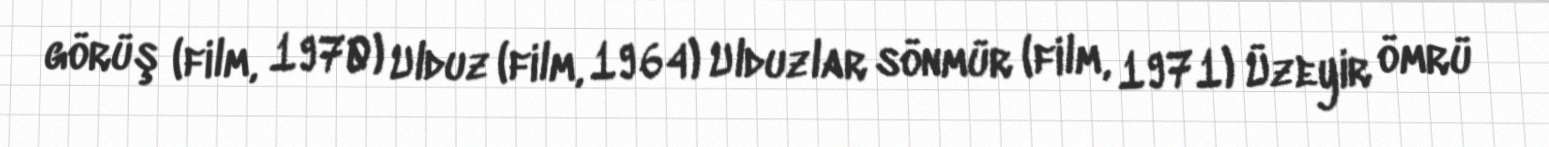
görüş (film, 1970) Ulduz (film, 1964) Ulduzlar sönmür (film, 1971) Üzeyir ömrü